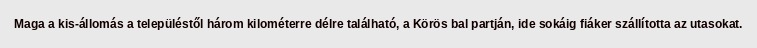
Maga a kis-állomás a településtől három kilométerre délre található, a Körös bal partján, ide sokáig fiáker szállította az utasokat.